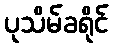
ပုသိမ်ခရိုင်